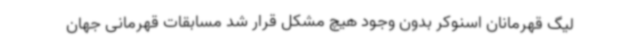
لیگ قهرمانان اسنوکر بدون وجود هیچ مشکل قرار شد مسابقات قهرمانی جهان